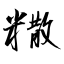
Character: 糤